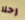
رحلا